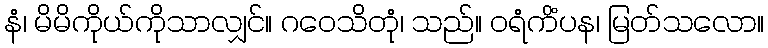
နံ၊ မိမိကိုယ်ကိုသာလျှင်။ ဂဝေသိတုံ၊ သည်။ ဝရံကိံပန၊ မြတ်သလော။